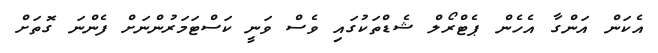
އެކަން އަންގާ އެހެން ޕެޓްރޯލް ޝެޑްތަކުގައި ވެސް ވަނީ ކަސްޓަމަރުންނަށް ފެންނަ ގޮތަށް